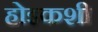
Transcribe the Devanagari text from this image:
होइकशी